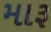
મારૂ